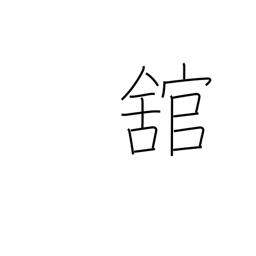
Meaning: large building